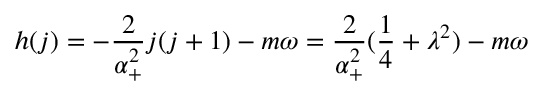
h ( j ) = - \frac 2 { \alpha _ { + } ^ { 2 } } j ( j + 1 ) - m \omega = \frac 2 { \alpha _ { + } ^ { 2 } } ( \frac 1 4 + \lambda ^ { 2 } ) - m \omega